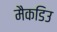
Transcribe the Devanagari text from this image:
मैकडिउ